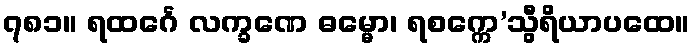
၇၈၁။ ရထင်္ဂေ လက္ခဏေ ဓမ္မော၊ ရစက္ကေ’သွီရိယာပထေ။